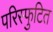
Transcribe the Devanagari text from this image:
परिस्फुटित